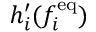
h _ { i } ^ { \prime } ( f _ { i } ^ { \mathrm { e q } } )